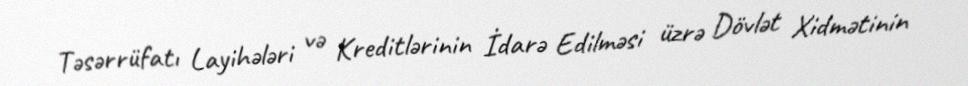
Təsərrüfatı Layihələri və Kreditlərinin İdarə Edilməsi üzrə Dövlət Xidmətinin